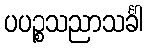
ပပဉ္စသညာသင်္ခါ